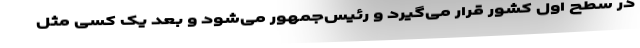
در سطح اول کشور قرار می‌گیرد و رئیس‌جمهور می‌شود و بعد یک کسی مثل